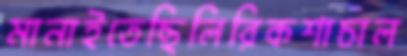
মানাইতেছিলিরিকশাচাল